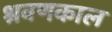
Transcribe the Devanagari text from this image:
श्रवणकाल